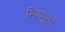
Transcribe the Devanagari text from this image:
भिवापूरचे